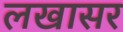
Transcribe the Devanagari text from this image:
लखासर